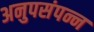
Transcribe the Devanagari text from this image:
अनुपसंपन्न